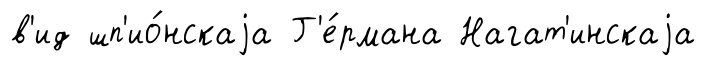
в'ид шп'ио́нскаjа Г'е́рмана Нагат'инскаjа